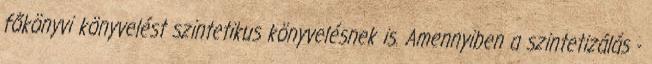
főkönyvi könyvelést szintetikus könyvelésnek is. Amennyiben a szintetizálás -